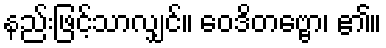
နည်းဖြင့်သာလျှင်။ ဝေဒိတဗ္ဗော၊ ၏။